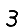
Digit: 3